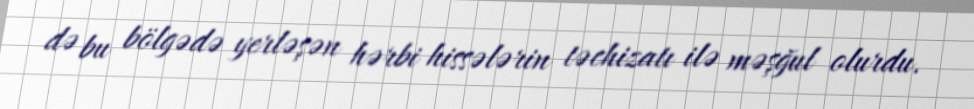
də bu bölgədə yerləşən hərbi hissələrin təchizatı ilə məşğul olurdu.